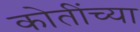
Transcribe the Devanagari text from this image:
कोतींच्या